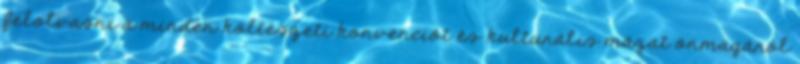
felolvasni a minden költészeti konvenciót és kulturális mázat önmagáról